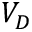
V _ { D }